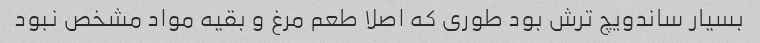
بسیار ساندویچ ترش بود طوری که اصلا طعم مرغ و بقیه مواد مشخص نبود